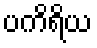
ပကိရိယ